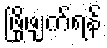
ဖြိုဖျက်ရန်